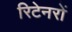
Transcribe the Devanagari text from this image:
रिटेनरों